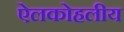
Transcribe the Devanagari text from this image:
ऐलकोहलीय